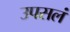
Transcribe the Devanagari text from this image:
उपसलं